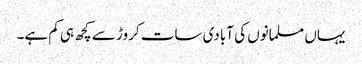
یہاں مسلمانوں کی آبادی سات کروڑ سے کچھ ہی کم ہے۔